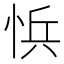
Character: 𭜾